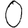
Digit: 0